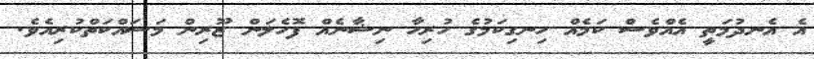
އެ އެނދުމަތީ އެއްވެސް ކަމެއް ހިނގިކަމުގެ ހުރިހާ ނިޝާނެއް ފޮހެލަން ޒޫރިން މަސައްކަތްކުރިއެވެ.